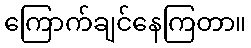
ကြောက်ချင်နေကြတာ။